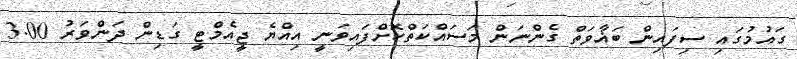
ގައުމުގައި ސިފައިން ބަޣާވަތް ގެންނަން މަސައްކަތްކޮށްފައިވަނީ އިއްޔެ ޖީއެމްޓީ ގަޑިން ދަންވަރު 3.00